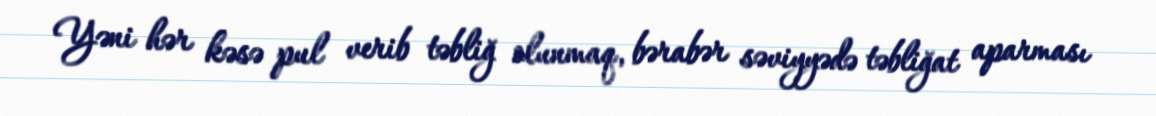
Yəni hər kəsə pul verib təbliğ olunmaq, bərabər səviyyədə təbliğat aparması